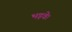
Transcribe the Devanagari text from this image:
भड़वे।